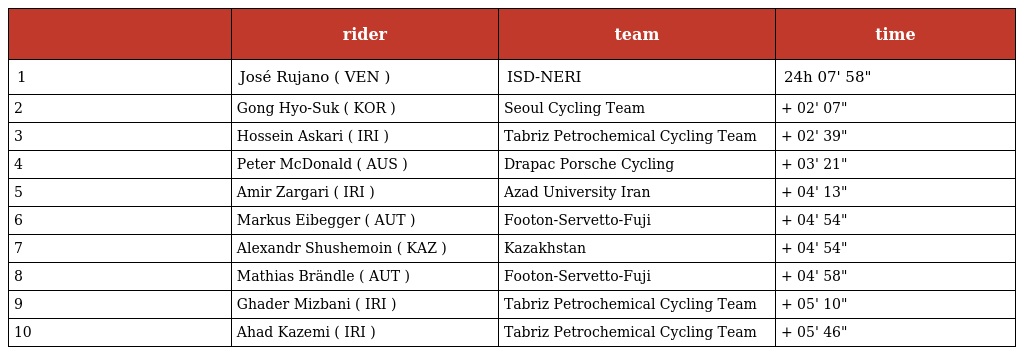
|  | rider | team | time |
 | --- | --- | --- | --- |
 | 1 | José Rujano ( VEN ) | ISD-NERI | 24h 07' 58" |
 | 2 | Gong Hyo-Suk ( KOR ) | Seoul Cycling Team | + 02' 07" |
 | 3 | Hossein Askari ( IRI ) | Tabriz Petrochemical Cycling Team | + 02' 39" |
 | 4 | Peter McDonald ( AUS ) | Drapac Porsche Cycling | + 03' 21" |
 | 5 | Amir Zargari ( IRI ) | Azad University Iran | + 04' 13" |
 | 6 | Markus Eibegger ( AUT ) | Footon-Servetto-Fuji | + 04' 54" |
 | 7 | Alexandr Shushemoin ( KAZ ) | Kazakhstan | + 04' 54" |
 | 8 | Mathias Brändle ( AUT ) | Footon-Servetto-Fuji | + 04' 58" |
 | 9 | Ghader Mizbani ( IRI ) | Tabriz Petrochemical Cycling Team | + 05' 10" |
 | 10 | Ahad Kazemi ( IRI ) | Tabriz Petrochemical Cycling Team | + 05' 46" |